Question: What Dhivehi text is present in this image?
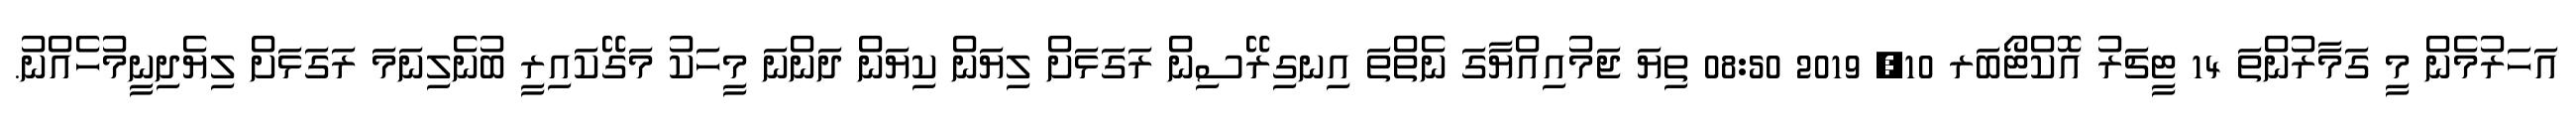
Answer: އަހަރުމެން މީ ގަމާރުންތަ 14 ޓީޗަރު އޮކްޓޯބަރ 10, 2019 08:50 ތިޔަ ޖަމުއިއްޔާގަ ނެތްތަ އިނގިރޭސިން ރަގަޅަށް ލިޔަން ކިޔަން ދަންނަ މީހަކު މަގޭކައިރީ ބުނެލިނަމަ ރަގަޅަށް ލިޔެދިނީމުހެއްނު.